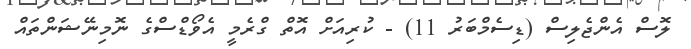
ލޮސް އެންޖެލިސް (ޑިސެމްބަރު 11) - ކުރިއަށް އޮތް ގްރެމީ އެވޯޑްސްގެ ނޮމިނޭޝަންތައް